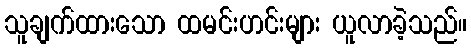
သူချက်ထားသော ထမင်းဟင်းများ ယူလာခဲ့သည်။